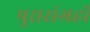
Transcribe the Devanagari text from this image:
पुरासंग्रहों